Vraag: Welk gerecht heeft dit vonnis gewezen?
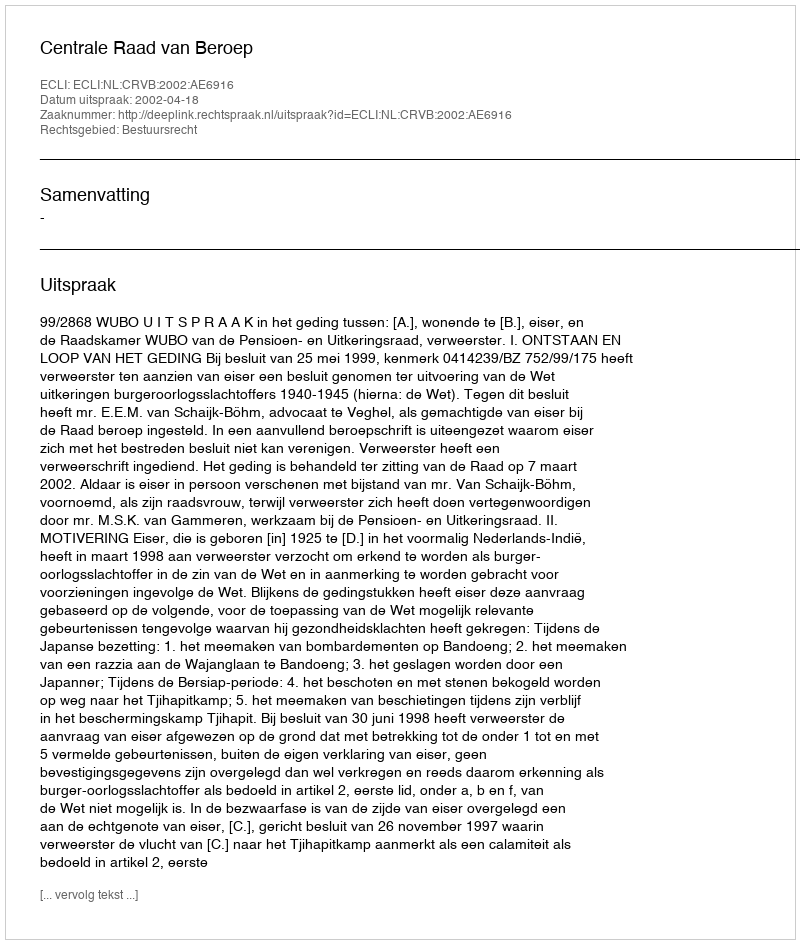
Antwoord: Centrale Raad van Beroep